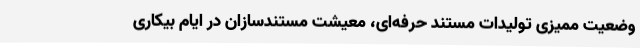
وضعیت ممیزی تولیدات مستند حرفه‌ای، معیشت مستندسازان در ایام بیکاری